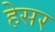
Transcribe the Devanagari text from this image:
हेसर